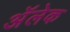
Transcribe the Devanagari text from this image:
अॅलेक